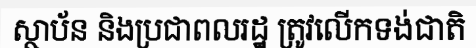
ស្ថាប័ន និងប្រជាពលរដ្ឋ ត្រូវលើកទង់ជាតិ